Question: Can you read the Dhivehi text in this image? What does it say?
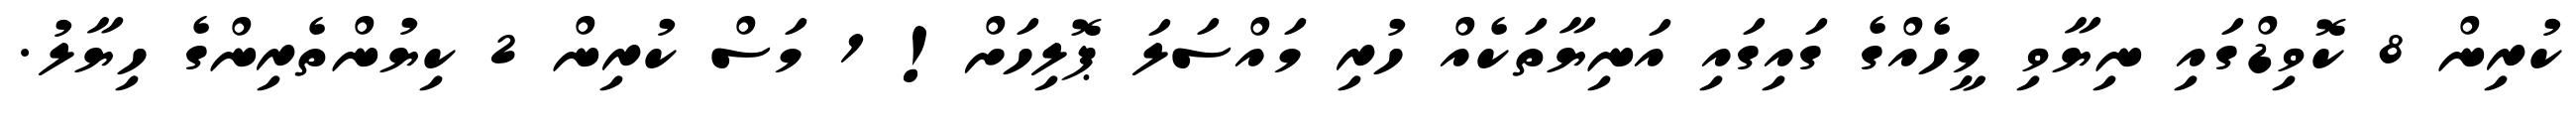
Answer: ކުރިން 8 ކޮވިޑްގައި ނިޔާވި މީހެއްގެ ގައިގައި އަނިޔާތަކެއް ހުރި މައްސަލަ ޕޮލިހަށް! 1 މަސް ކުރިން 2 ކިޔުންތެރިންގެ ހިޔާލު.